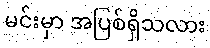
မင်းမှာ အပြစ်ရှိသလား